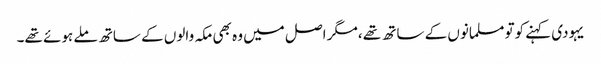
یہودی کہنے کوتو مسلمانوں کے ساتھ تھے ،مگر اصل میں وہ بھی مکہ والوں کے ساتھ ملے ہوئے تھے۔